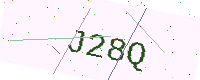
Text: J28Q